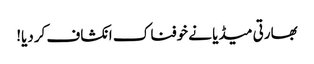
بھارتی میڈیا نے خوفناک انکشاف کردیا!